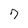
Character: 7